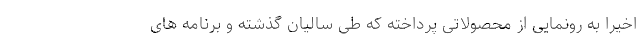
اخیرا به رونمایی از محصولاتی پرداخته که طی سالیان گذشته و برنامه های